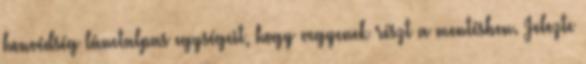
honvédség lánctalpas egységeit, hogy vegyenek részt a mentésben. Jelezte